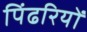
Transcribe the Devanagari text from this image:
पिंढरियों